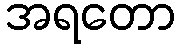
အရတော